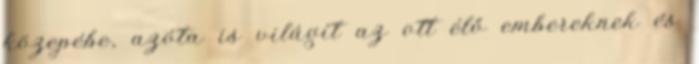
közepébe, azóta is világít az ott élő embereknek és